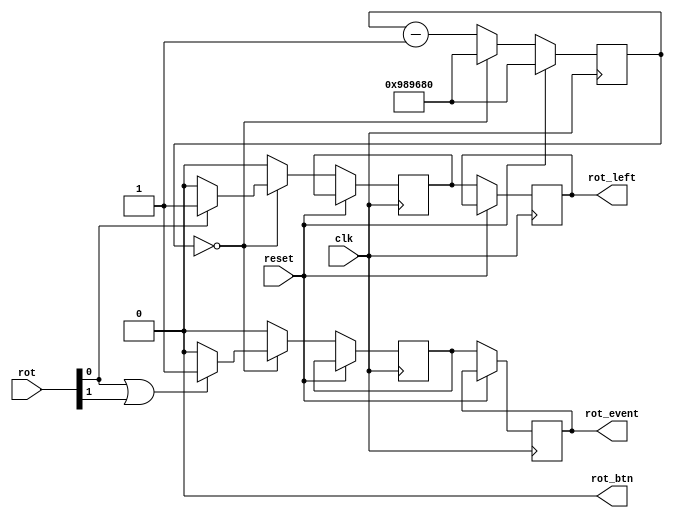
//----------------------------------------------------------------------------
// Decode rotary encoder to clk-syncronous signals
//
// (c) Joerg Bornschein (<jb@capsec.org>)
//----------------------------------------------------------------------------

module rotary (
	input        clk,
	input        reset,
	input [2:0]  rot,
	//
	output       rot_btn,
	output reg   rot_event,
	output reg   rot_left
);

assign rot_btn = 0;


//----------------------------------------------------------------------------
// decode rotary encoder
//----------------------------------------------------------------------------
parameter  counter_init = 10000000;
reg [31:0] counter;

reg rot_event2;
reg rot_left2;

always @(posedge clk)
begin
	if (reset)
		counter <= counter_init;
	else begin
		rot_event  <= rot_event2;
		rot_left   <= rot_left2;

		rot_event2 <= 0;
		rot_left2  <= 0;

		if (counter == 0) begin
			counter <= counter_init;

			if (rot[0] | rot[1])
				rot_event2 <= 1;

			if (rot[0])
				rot_left2  <= 1;
		end else
			counter <= counter - 1;
	end
end


endmodule